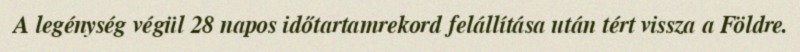
A legénység végül 28 napos időtartamrekord felállítása után tért vissza a Földre.